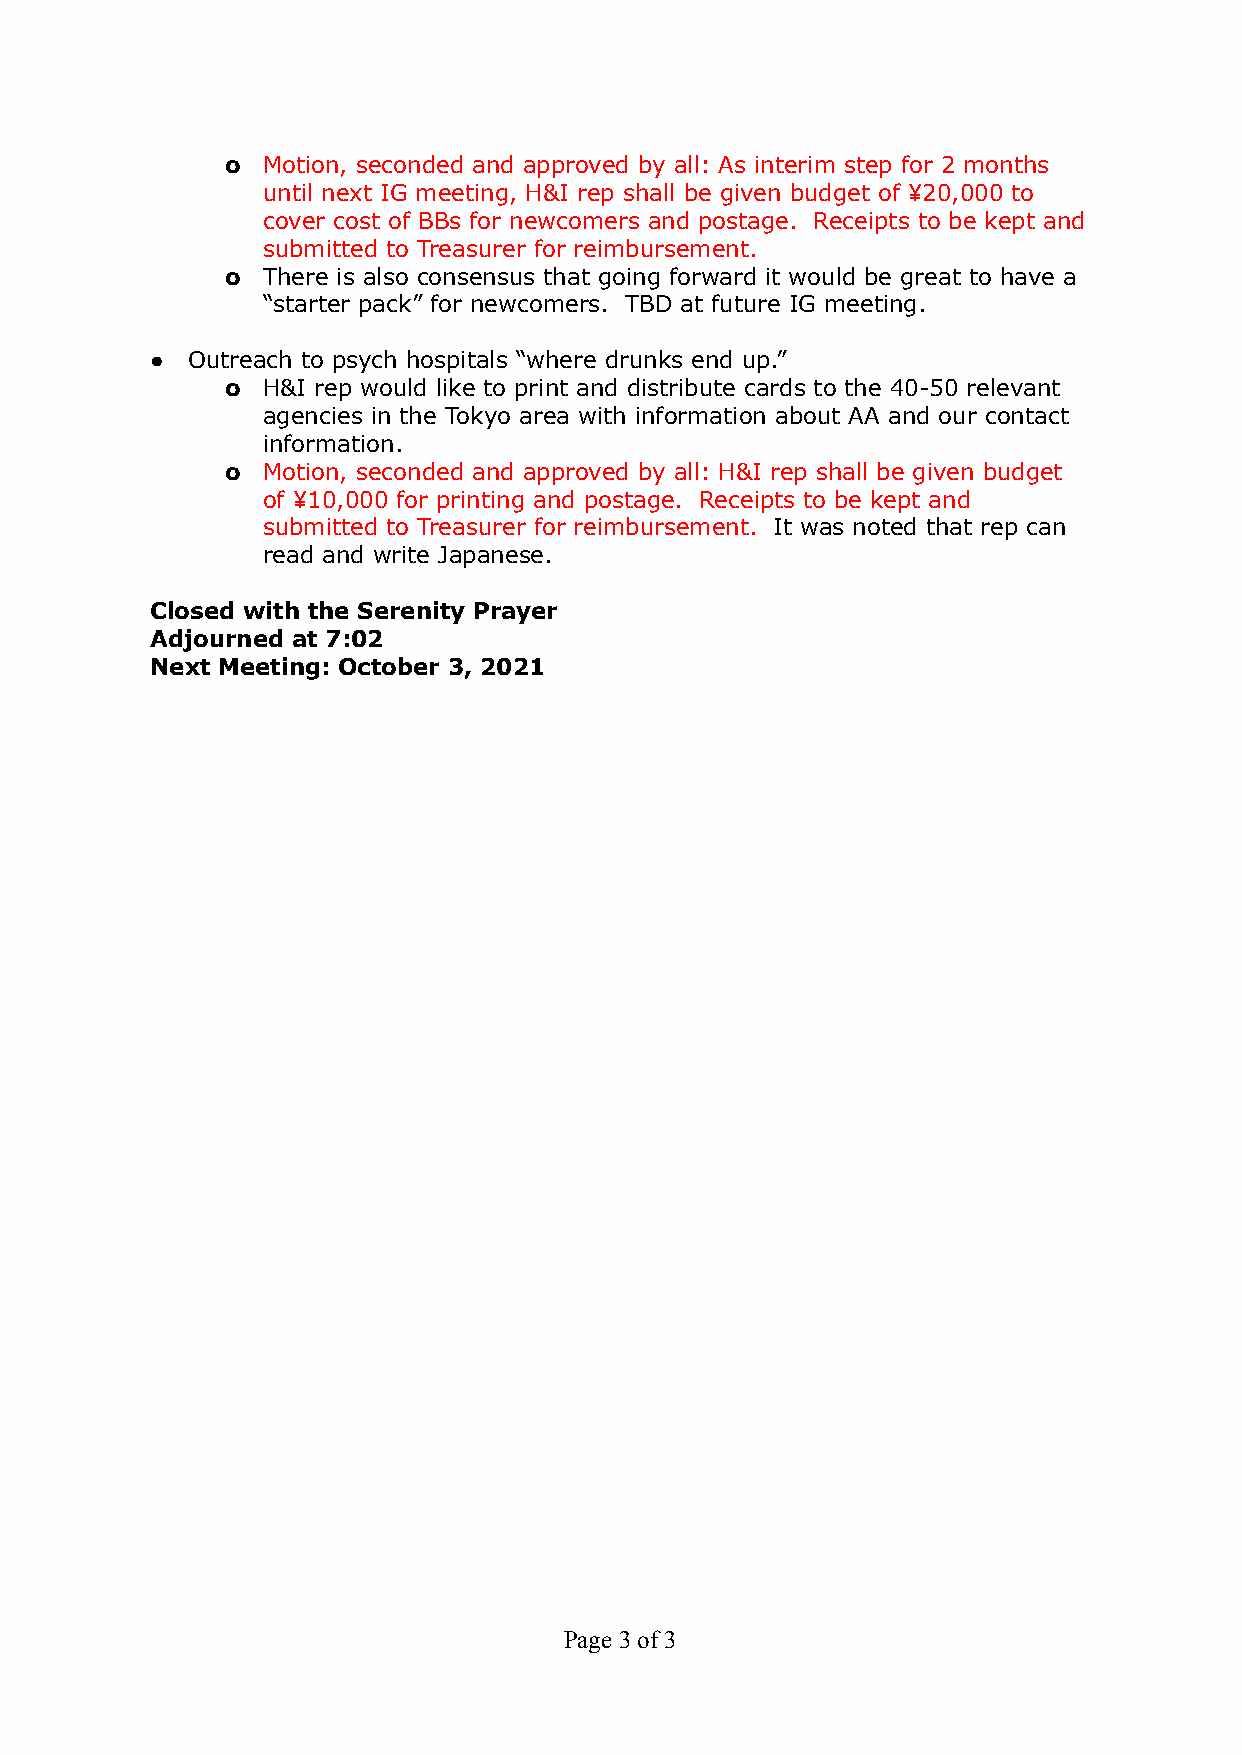
o Motion, seconded and approved by all: As interim step for 2 months
 until next IG meeting, H&I rep shall be given budget of ¥20,000 to
 cover cost of BBs for newcomers and postage. Receipts to be kept and
 submitted to Treasurer for reimbursement.
 o There is also consensus that going forward it would be great to have a
 “starter pack” for newcomers. TBD at future IG meeting.
 ● Outreach to psych hospitals “where drunks end up.”
 o H&I rep would like to print and distribute cards to the 40-50 relevant
 agencies in the Tokyo area with information about AA and our contact
 information.
 o Motion, seconded and approved by all: H&I rep shall be given budget
 of ¥10,000 for printing and postage. Receipts to be kept and
 submitted to Treasurer for reimbursement. It was noted that rep can
 read and write Japanese.
 Closed with the Serenity Prayer
 Adjourned at 7:02
 Next Meeting: October 3, 2021
 Page3of 3